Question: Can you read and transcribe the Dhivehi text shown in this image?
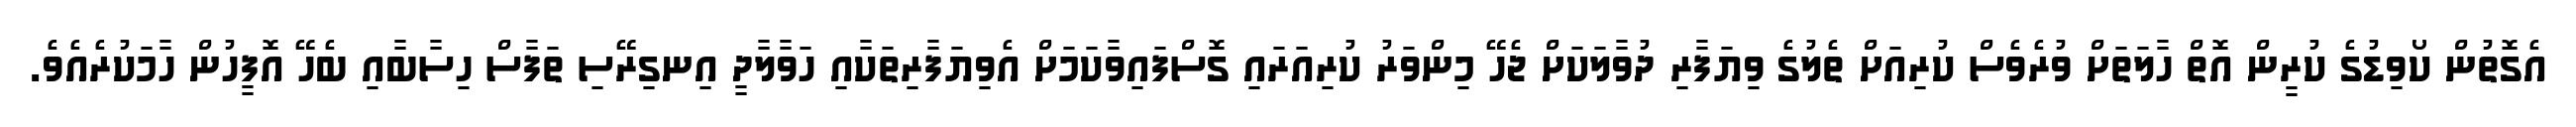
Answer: އެގޮތުން ކޯވިޑުގެ ކުރީން އޮތް ހާލަތަށް ވުރެވެސް ކުރިއަށް ތެލުގެ ވިޔަފާރި ދުވާލަކަށް ޖެހޭ މިންވަރު ކުރިއަރައި ގޮސްފައިވާކަމަށް އެވިޔަފާރިތަކާއި ހަވާލާދީ އިނގިރޭސި ތަފާސް ހިސާބާއި ބެހޭ އޮފީހުން ހާމަކުރެއެވެ.